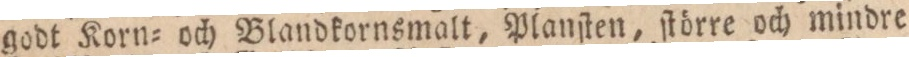
godt Korn= och Blandkornsmalt, Planſten, ſtörre och mindre